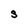
Character: S